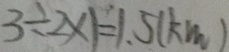
3 \div 2 \times 1 = 1 . 5 ( k m )